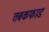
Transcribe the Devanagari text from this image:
तबकफाड